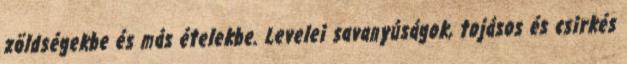
zöldségekbe és más ételekbe. Levelei savanyúságok, tojásos és csirkés